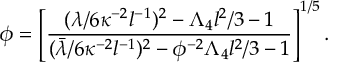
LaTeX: \phi = \left[ \frac { ( \lambda / 6 \kappa ^ { - 2 } l ^ { - 1 } ) ^ { 2 } - \Lambda _ { 4 } l ^ { 2 } / 3 - 1 } { ( \bar { \lambda } / 6 \kappa ^ { - 2 } l ^ { - 1 } ) ^ { 2 } - \phi ^ { - 2 } \Lambda _ { 4 } l ^ { 2 } / 3 - 1 } \right] ^ { 1 / 5 } .